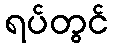
ရပ်တွင်